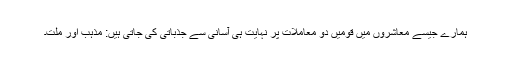
ہمارے جیسے معاشروں میں قومیں دو معاملات پر نہایت ہی آسانی سے جذباتی کی جاتی ہیں: مذہب اور ملت۔